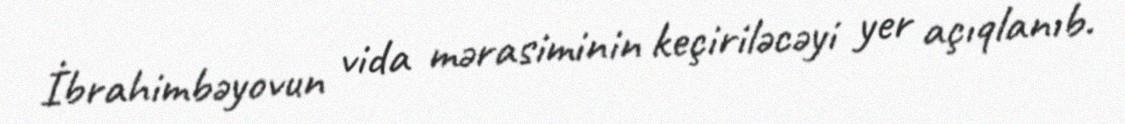
İbrahimbəyovun vida mərasiminin keçiriləcəyi yer açıqlanıb.